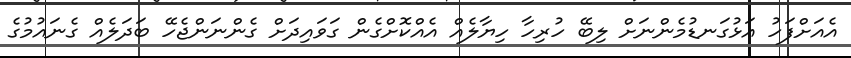
އެއަށްފަހު އަޅުގަނޑުމެންނަށް ލިބޭ ހުރިހާ ހިޔާލެއް އެއްކޮށްގެން ގަވައިދަށް ގެންނަންޖެހޭ ބަދަލެއް ގެނައުމުގެ